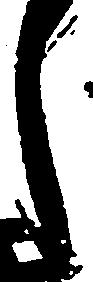
し